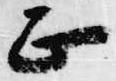
正